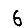
Digit: 6